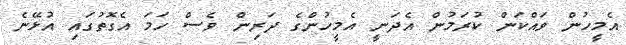
އެމީހުން ވައްކަން ކުރަމުން އެދަނީ އެމީހުންގެ ދަރިން ވެސް ހަމަ އެގޮތުގައި އުޅޭނެ